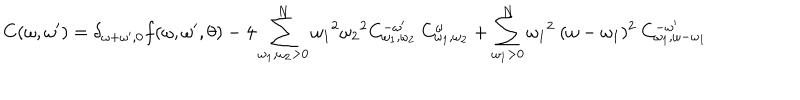
C ( \omega , \omega ^ { \prime } ) = \delta _ { { \omega + \omega ^ { \prime } } , 0 } f ( \omega , \omega ^ { \prime } , \theta ) - 4 \sum _ { \omega _ { 1 } , \omega _ { 2 } > 0 } ^ { N } { \omega _ { 1 } } ^ { 2 } { \omega _ { 2 } } ^ { 2 } C _ { \omega _ { 1 } , \omega _ { 2 } } ^ { - \omega ^ { \prime } } \: C _ { \omega _ { 1 } , \omega _ { 2 } } ^ { \omega } + \sum _ { \omega _ { 1 } > 0 } ^ { N } { \omega _ { 1 } } ^ { 2 } \: ( \omega - \omega _ { 1 } ) ^ { 2 } \: C _ { \omega _ { 1 } , \omega - \omega _ { 1 } } ^ { - \omega ^ { \prime } }